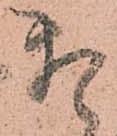
頼